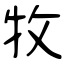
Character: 牧